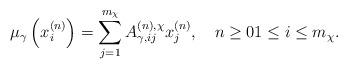
LaTeX: \begin{align*}\mu_\gamma\left( x_i^{(n)} \right) = \sum_{j=1}^{m_\chi}A_{\gamma,ij}^{(n), \chi} x_j^{(n)}, \quad n\ge 0 1\leq i\leq m_\chi.\end{align*}